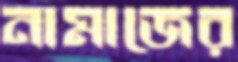
নামাজের